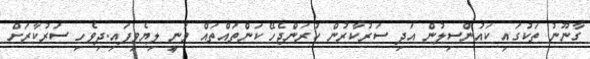
ގާނޫނު ތަކުގައި ކައުންސިލުން އަދި ސަރުކާރުން ކުރަންޖެހޭ ކަންތައްތައް ވަނީ ލިޔެވިފައި.ދިވެހި ސަރުކާރަށް